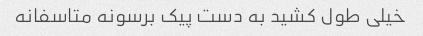
خیلی طول کشید به دست پیک برسونه متاسفانه